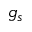
g _ { s }